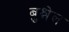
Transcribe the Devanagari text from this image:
बुश्नेल